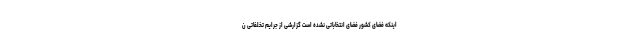
اینکه فضای کشور فضای انتخاباتی نشده است گزارشی از جرایم تخلفاتی ن